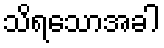
သိရသောအခါ